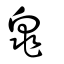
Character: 兜